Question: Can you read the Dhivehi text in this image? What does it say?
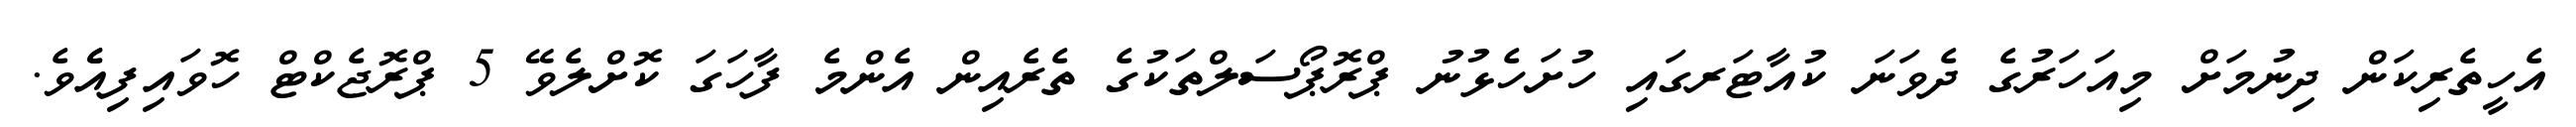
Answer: އެހީތެރިކަން ދިނުމަށް މިއަހަރުގެ ދެވަނަ ކުއާޓަރގައި ހުށަހެޅުނު ޕްރޮޕޯސަލްތަކުގެ ތެރެއިން އެންމެ ފާހަގަ ކޮށްލެވޭ 5 ޕްރޮޖެކްޓް ހޮވައިފިއެެވެ.